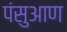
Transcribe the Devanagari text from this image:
पंसुआण